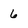
Character: 6